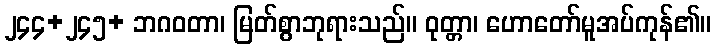
၂၄၄+၂၄၅+ ဘဂဝတာ၊ မြတ်စွာဘုရားသည်။ ဝုတ္တာ၊ ဟောတော်မူအပ်ကုန်၏။